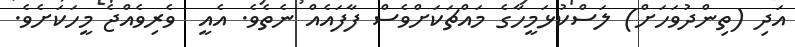
އަދި (ތިންދުވަހަށް) ލަސްކުޅަމީހާގެ މައްޗަކަށްވެސް ފާފައެއް ނެތެވެ. އެއީ  ވެރިވެއްޖެ މީހަކަށެވެ.